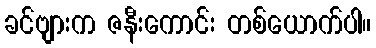
ခင်ဗျားက ဇနီးကောင်း တစ်ယောက်ပါ။